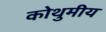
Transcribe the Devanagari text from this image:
कोथुमीय